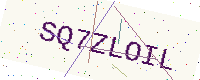
Text: SQ7ZLOIL